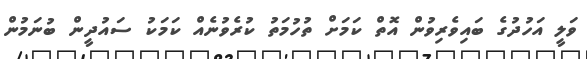
ވަލީ އަހުދުގެ ބައިވެރިވުން އޮތް ކަމަށް ތުހުމަތު ކުރެވުނެއް ކަމަކު ސައުދީން ބުނަމުން